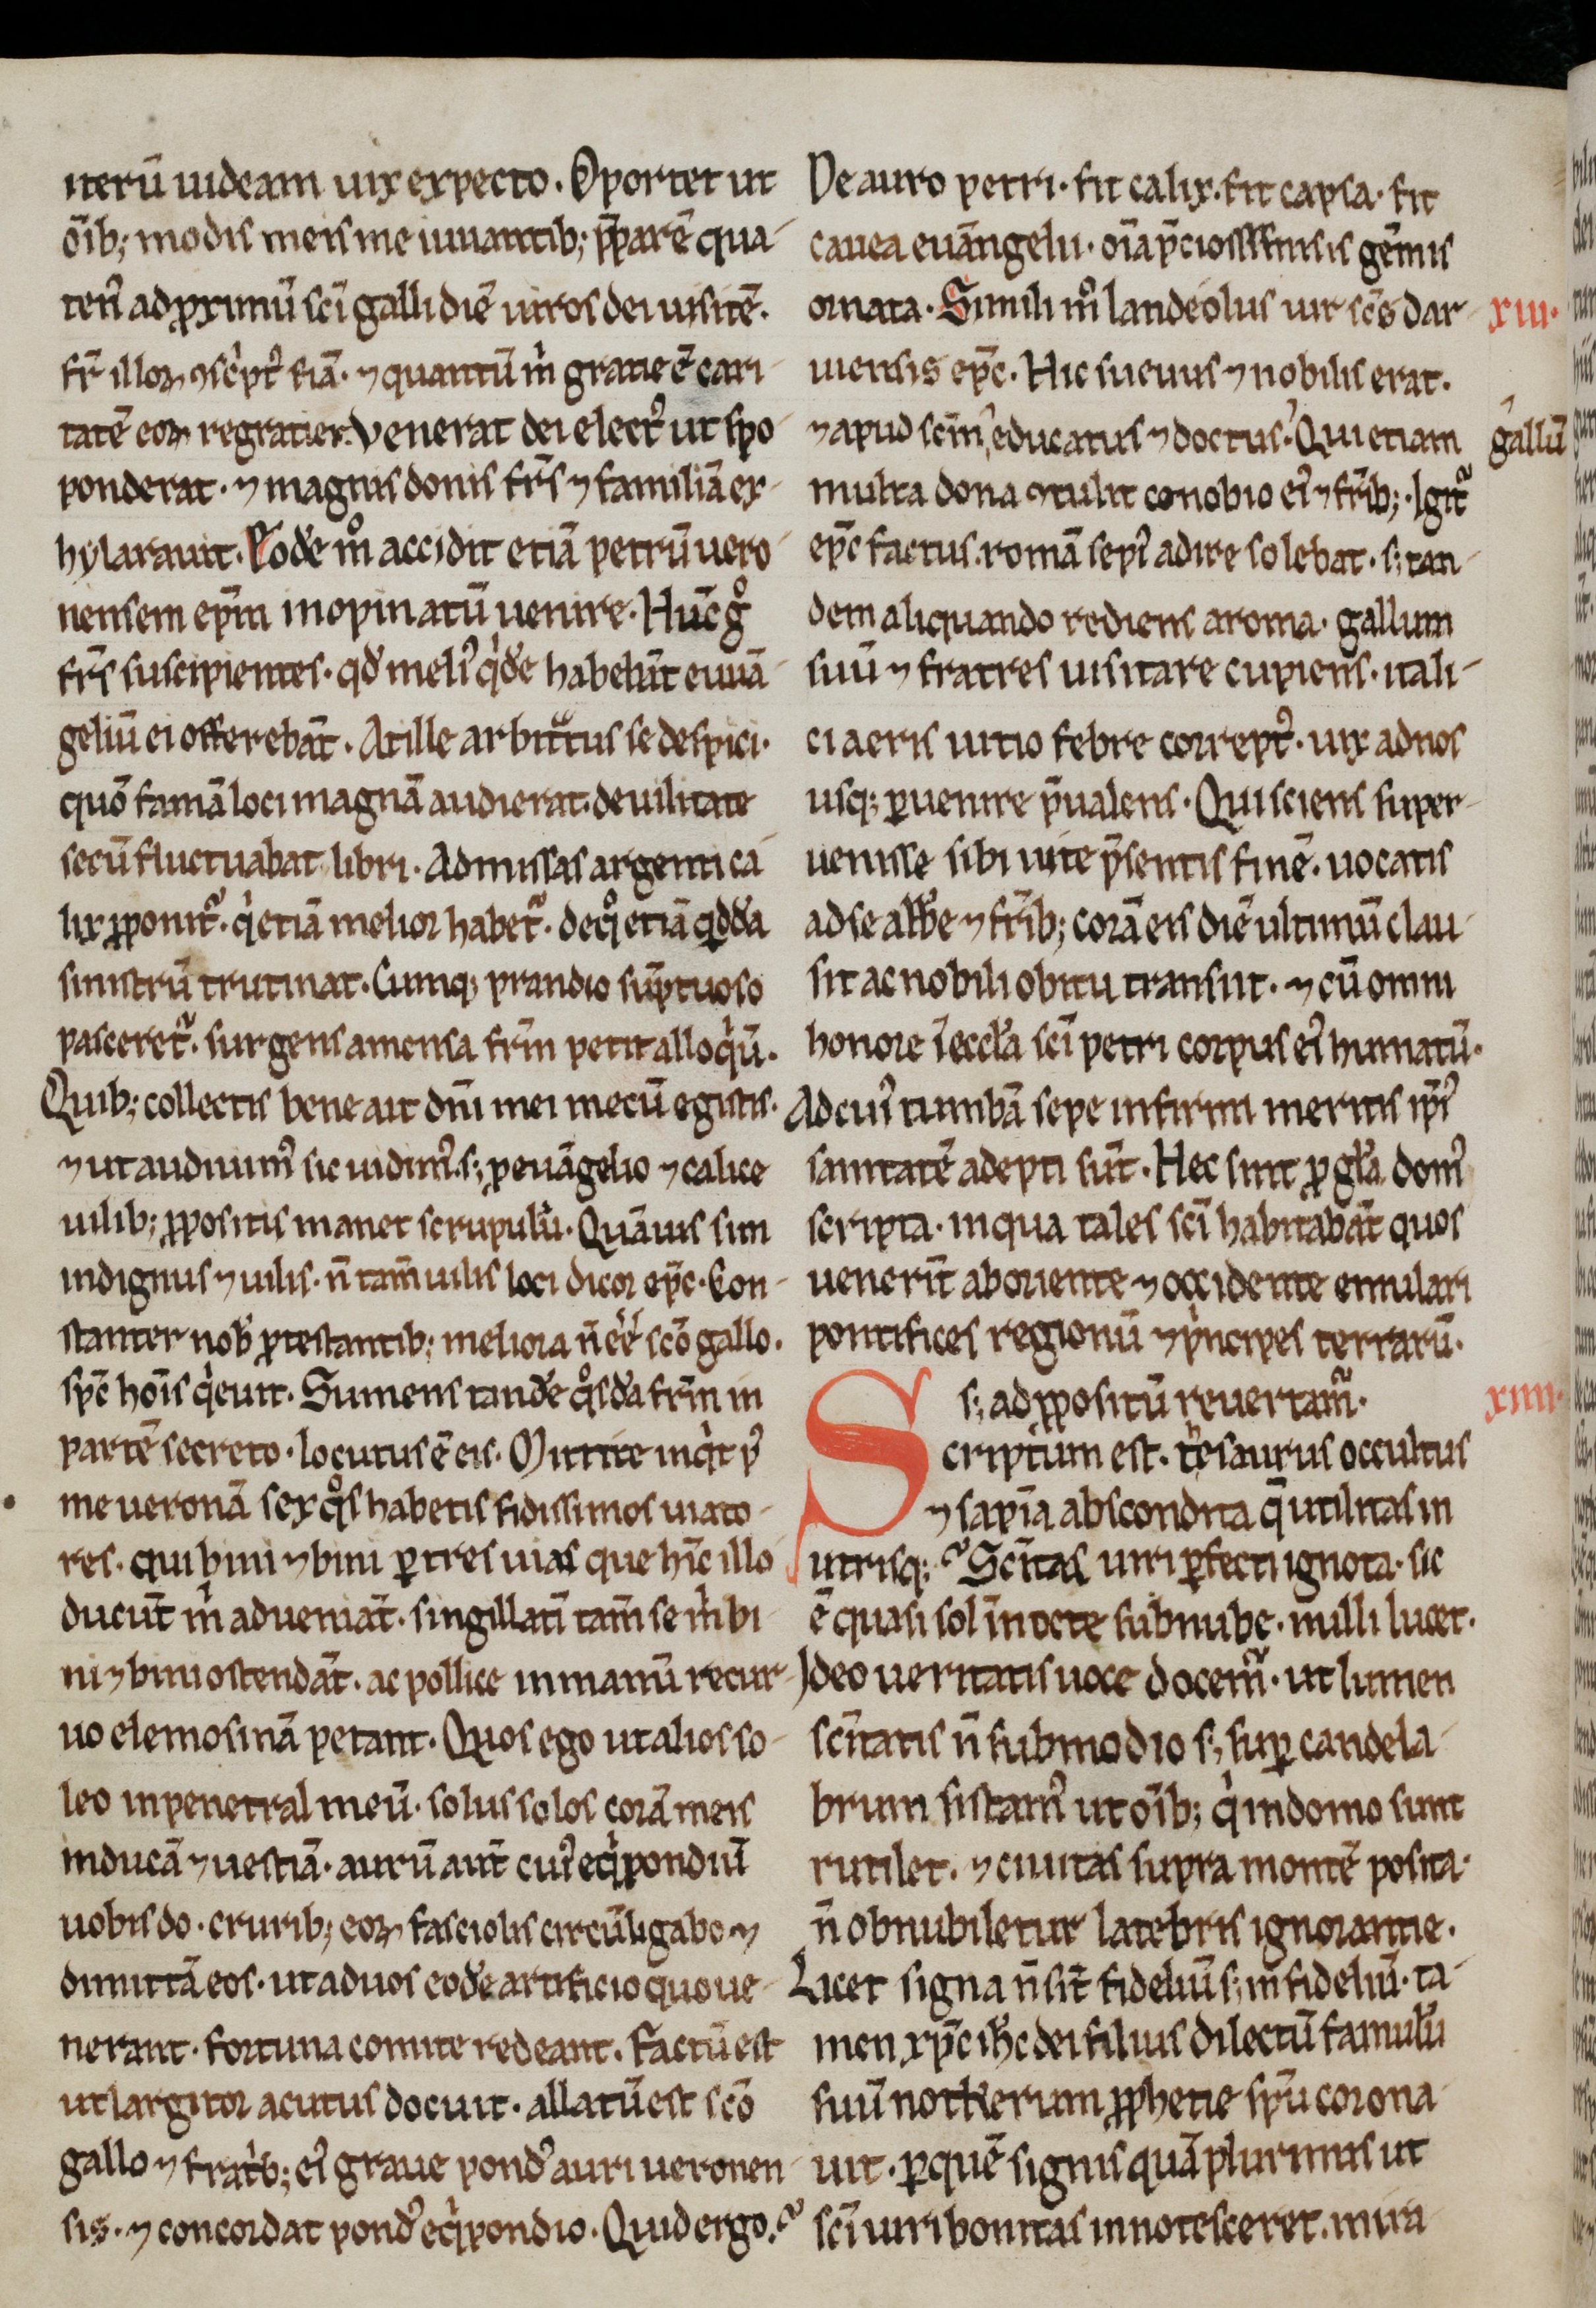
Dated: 800–999